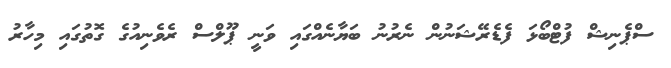
ސްޕެނިޝް ފުޓްބޯޅަ ފެޑެރޭޝަނުން ނެރުނު ބަޔާނެއްގައި ވަނީ ޕޫލްސް ރެވެނިއުގެ ގޮތުގައި މިހާރު